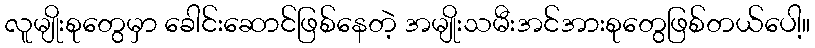
လူမျိုးစုတွေမှာ ခေါင်းဆောင်ဖြစ်နေတဲ့ အမျိုးသမီးအင်အားစုတွေဖြစ်တယ်ပေါ့။